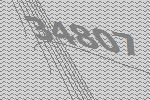
34807